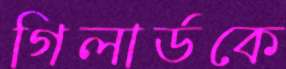
গিলার্ডকে